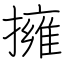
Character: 擁